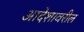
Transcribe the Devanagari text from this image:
आदेशावरील